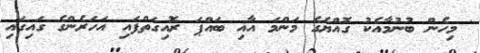
' މިހެން ބުނުމާއެކު ގޮއްޔެގެ މަންމަ އާއި ބައްޕަ ރޮއިގަތްފައި އަހަރެންގެ ގައިގައި